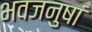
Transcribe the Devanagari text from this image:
भवजनुषां